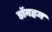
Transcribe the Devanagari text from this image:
डॉनहम